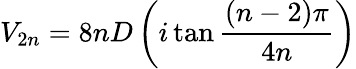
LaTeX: V_{2n}=8nD\left(i\tan\frac{(n-2)\pi}{4n}\right)